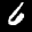
Label: 6